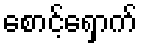
စောင့်ရှောက်